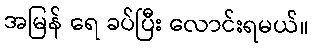
အမြန် ရေ ခပ်ပြီး လောင်းရမယ်။